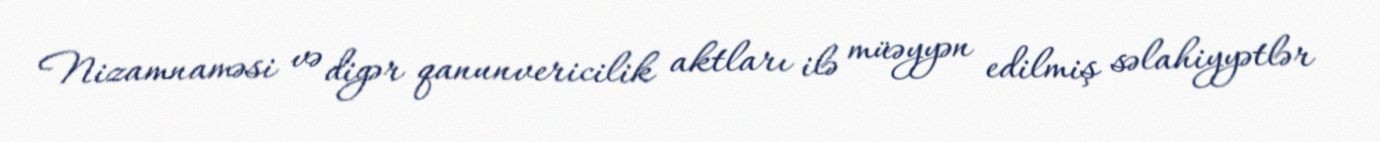
Nizamnaməsi və digər qanunvericilik aktları ilə müəyyən edilmiş səlahiyyətlər